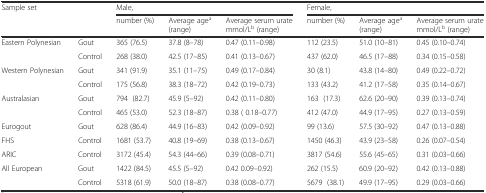
<table><thead><tr><td><b>Sample set</b></td><td></td><td colspan="3"><b>Male,</b></td><td colspan="3"><b>Female,</b></td></tr><tr><td></td><td></td><td><b>number (%)</b></td><td><b>Average age<sup>a</sup> (range)</b></td><td><b>Average serum urate mmol/L<sup>b</sup> (range)</b></td><td><b>number (%)</b></td><td><b>Average age<sup>a</sup> (range)</b></td><td><b>Average serum urate mmol/L<sup>b</sup> (range)</b></td></tr></thead><tbody><tr><td rowspan="2">Eastern Polynesian</td><td>Gout</td><td>365 (76.5)</td><td>37.8 (8–78)</td><td>0.47 (0.11–0.98)</td><td>112 (23.5)</td><td>51.0 (10–81)</td><td>0.45 (0.10–0.74)</td></tr><tr><td>Control</td><td>268 (38.0)</td><td>42.5 (17–85)</td><td>0.41 (0.13–0.67)</td><td>437 (62.0)</td><td>46.5 (17–88)</td><td>0.34 (0.15–0.58)</td></tr><tr><td rowspan="2">Western Polynesian</td><td>Gout</td><td>341 (91.9)</td><td>35.1 (11–75)</td><td>0.49 (0.17–0.84)</td><td>30 (8.1)</td><td>43.8 (14–80)</td><td>0.49 (0.22–0.72)</td></tr><tr><td>Control</td><td>175 (56.8)</td><td>38.3 (18–72)</td><td>0.42 (0.19–0.73)</td><td>133 (43.2)</td><td>41.2 (17–58)</td><td>0.35 (0.14–0.67)</td></tr><tr><td rowspan="2">Australasian</td><td>Gout</td><td>794 (82.7)</td><td>45.9 (5–92)</td><td>0.42 (0.11–0.80)</td><td>163 (17.3)</td><td>62.6 (20–90)</td><td>0.39 (0.13–0.74)</td></tr><tr><td>Control</td><td>465 (53.0)</td><td>52.3 (18–87)</td><td>0.38 ( 0.18–0.77) </td><td>412 (47.0)</td><td>44.9 (17–95)</td><td>0.27 (0.13–0.59)</td></tr><tr><td>Eurogout</td><td>Gout</td><td>628 (86.4)</td><td>44.9 (16–83)</td><td>0.42 (0.09–0.92)</td><td>99 (13.6)</td><td>57.5 (30–92)</td><td>0.47 (0.13–0.88)</td></tr><tr><td>FHS</td><td>Control</td><td>1681 (53.7)</td><td>40.8 (19–69)</td><td>0.38 (0.13–0.67)</td><td>1450 (46.3)</td><td>43.9 (23–58)</td><td>0.26 (0.07–0.54)</td></tr><tr><td>ARIC</td><td>Control</td><td>3172 (45.4)</td><td>54.3 (44–66)</td><td>0.39 (0.08–0.71)</td><td>3817 (54.6)</td><td>55.6 (45–65)</td><td>0.31 (0.03–0.66)</td></tr><tr><td rowspan="2">All European</td><td>Gout</td><td>1422 (84.5)</td><td>45.5 (5–92)</td><td>0.42 0.09–0.92)</td><td>262 (15.5)</td><td>60.9 (20–92)</td><td>0.42 (0.13–0.88)</td></tr><tr><td>Control</td><td>5318 (61.9)</td><td>50.0 (18–87)</td><td>0.38 (0.08–0.77)</td><td>5679 (38.1)</td><td>49.9 (17–95)</td><td>0.29 (0.03–0.66)</td></tr></tbody></table>